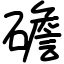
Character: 䃫